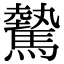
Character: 驇